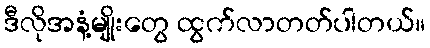
ဒီလိုအနံ့မျိုးတွေ ထွက်လာတတ်ပါတယ်။